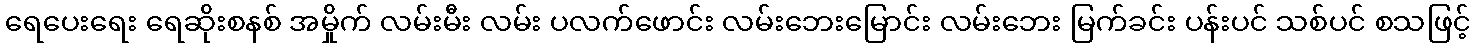
ရေပေးရေး ရေဆိုးစနစ် အမှိုက် လမ်းမီး လမ်း ပလက်ဖောင်း လမ်းဘေးမြောင်း လမ်းဘေး မြက်ခင်း ပန်းပင် သစ်ပင် စသဖြင့်